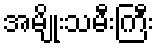
အမျိုးသမီးကြီး